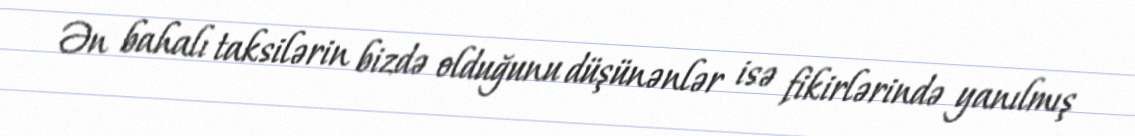
Ən bahalı taksilərin bizdə olduğunu düşünənlər isə fikirlərində yanılmış